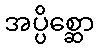
အပ္ပိစ္ဆော